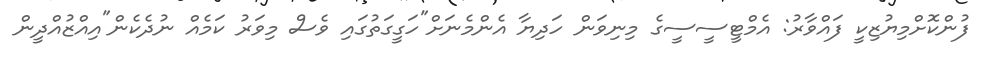
ފުންކޮށްމިޔުޒިކީ ފައްވާރު: އެމްޓީސީސީގެ މިނިވަން ހަދިޔާ އެންމެނަށް"ހަގީގަތުގައި ވެސް މިވަރު ކަމެއް ނުދެކެން"އިއްޒުއްދީން